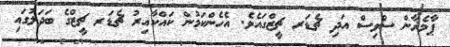
ޕާމެޜާން ސްވިސް އަދި ޗެޑަރ ޗީޒްގައެވެ. އެހެންކަމުން ކައްކާއިރު ޗެޑަރ ޗީޒްގެ ބަދަލުގައި